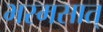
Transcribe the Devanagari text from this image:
भस्मसात्‌